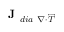
\textbf { J } _ { d i a \ \nabla \cdot \overleftrightarrow { T } }